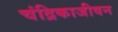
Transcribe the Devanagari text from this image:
चंद्रिकाजीवन